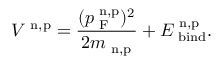
V ^ { \mathrm { \scriptsize ~ n , p } } = \frac { ( p _ { \mathrm { \scriptsize ~ F } } ^ { \mathrm { \scriptsize ~ n , p } } ) ^ { 2 } } { 2 m _ { \mathrm { \scriptsize ~ n , p } } } + E _ { \mathrm { \scriptsize ~ b i n d } } ^ { \mathrm { \scriptsize ~ n , p } } .